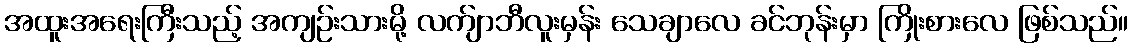
အထူးအရေးကြီးသည့် အကျဉ်းသားမို့ လက်ျာဘီလူးမှန်း သေချာလေ ခင်ဘုန်းမှာ ကြိုးစားလေ ဖြစ်သည်။